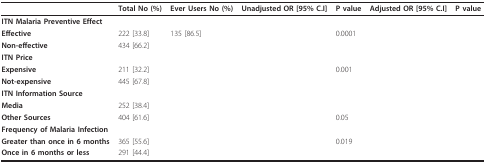
<table><thead><tr><td>[EMPTY_CELL]</td><td><b>Total No (%)</b></td><td><b>Ever Users No (%)</b></td><td><b>Unadjusted OR [95% C.I]</b></td><td><b>P value</b></td><td><b>Adjusted OR [95% C.I]</b></td><td><b>P value</b></td></tr></thead><tbody><tr><td><b>ITN Malaria Preventive Effect</b></td><td>[EMPTY_CELL]</td><td>[EMPTY_CELL]</td><td>[EMPTY_CELL]</td><td>[EMPTY_CELL]</td><td>[EMPTY_CELL]</td><td>[EMPTY_CELL]</td></tr><tr><td><b>Effective</b></td><td>222 [33.8]</td><td>135 [86.5]</td><td>[EMPTY_CELL]</td><td>0.0001</td><td>[EMPTY_CELL]</td><td>[EMPTY_CELL]</td></tr><tr><td><b>Non-effective</b></td><td>434 [66.2]</td><td>[EMPTY_CELL]</td><td>[EMPTY_CELL]</td><td>[EMPTY_CELL]</td><td>[EMPTY_CELL]</td><td>[EMPTY_CELL]</td></tr><tr><td><b>ITN Price</b></td><td>[EMPTY_CELL]</td><td>[EMPTY_CELL]</td><td>[EMPTY_CELL]</td><td>[EMPTY_CELL]</td><td>[EMPTY_CELL]</td><td>[EMPTY_CELL]</td></tr><tr><td><b>Expensive</b></td><td>211 [32.2]</td><td>[EMPTY_CELL]</td><td>[EMPTY_CELL]</td><td>0.001</td><td>[EMPTY_CELL]</td><td>[EMPTY_CELL]</td></tr><tr><td><b>Not-expensive</b></td><td>445 [67.8]</td><td>[EMPTY_CELL]</td><td>[EMPTY_CELL]</td><td>[EMPTY_CELL]</td><td>[EMPTY_CELL]</td><td>[EMPTY_CELL]</td></tr><tr><td><b>ITN Information Source</b></td><td>[EMPTY_CELL]</td><td>[EMPTY_CELL]</td><td>[EMPTY_CELL]</td><td>[EMPTY_CELL]</td><td>[EMPTY_CELL]</td><td>[EMPTY_CELL]</td></tr><tr><td><b>Media</b></td><td>252 [38.4]</td><td>[EMPTY_CELL]</td><td>[EMPTY_CELL]</td><td>[EMPTY_CELL]</td><td>[EMPTY_CELL]</td><td>[EMPTY_CELL]</td></tr><tr><td><b>Other Sources</b></td><td>404 [61.6]</td><td>[EMPTY_CELL]</td><td>[EMPTY_CELL]</td><td>0.05</td><td>[EMPTY_CELL]</td><td>[EMPTY_CELL]</td></tr><tr><td><b>Frequency of Malaria Infection</b></td><td>[EMPTY_CELL]</td><td>[EMPTY_CELL]</td><td>[EMPTY_CELL]</td><td>[EMPTY_CELL]</td><td>[EMPTY_CELL]</td><td>[EMPTY_CELL]</td></tr><tr><td><b>Greater than once in 6 months</b></td><td>365 [55.6]</td><td>[EMPTY_CELL]</td><td>[EMPTY_CELL]</td><td>0.019</td><td>[EMPTY_CELL]</td><td>[EMPTY_CELL]</td></tr><tr><td><b>Once in 6 months or less</b></td><td>291 [44.4]</td><td>[EMPTY_CELL]</td><td>[EMPTY_CELL]</td><td>[EMPTY_CELL]</td><td>[EMPTY_CELL]</td><td>[EMPTY_CELL]</td></tr></tbody></table>